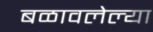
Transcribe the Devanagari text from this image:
बळावलेल्या